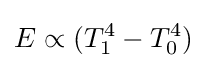
E\propto (T_{1}^{4}-T_{0}^{4})